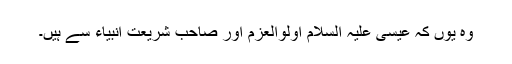
وہ یوں کہ عیسیٰ علیہ السلام اولوالعزم اور صاحب شریعت انبیاء سے ہیں۔